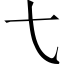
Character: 𫠠